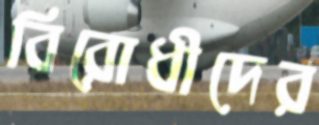
বিরোধীদের